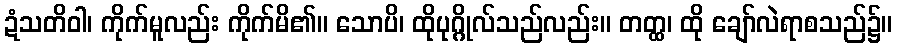
ဍံသတိဝါ၊ ကိုက်မူလည်း ကိုက်မိ၏။ သောပိ၊ ထိုပုဂ္ဂိုလ်သည်လည်း။ တတ္ထ၊ ထို ချော်လဲရာစသည်၌။